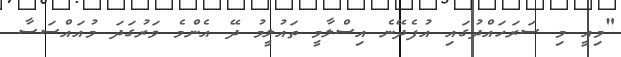
"މިއީ މި ސަރަހައްދުގައި އުފެދޭނެ އިސްލާމީ ތައުލީމު ދޭ އެންމެ ވަރުގަދަ މުއައްސަސާ